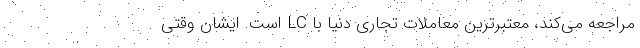
مراجعه می‌کند، معتبرترین معاملات تجاری دنیا با LC است. ایشان وقتی